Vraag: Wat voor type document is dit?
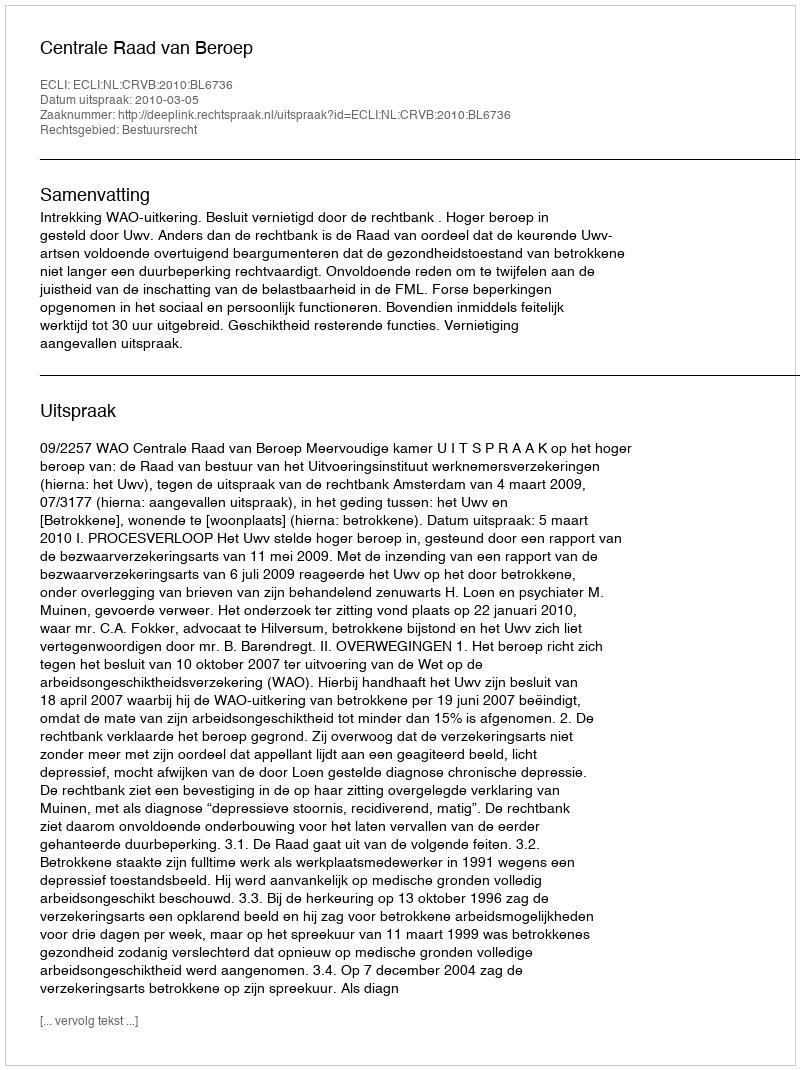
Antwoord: Uitspraak